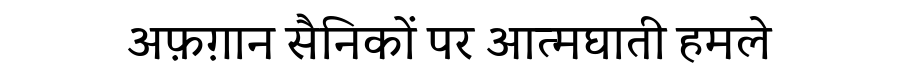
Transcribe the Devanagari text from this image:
अफ़ग़ान सैनिकों पर आत्मघाती हमले